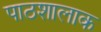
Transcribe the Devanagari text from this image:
पाठशालाक